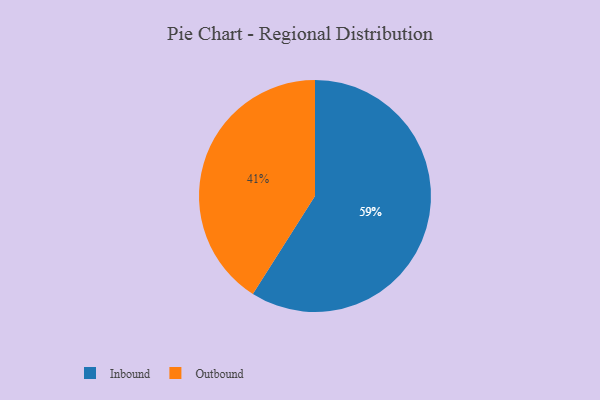
{"axis": {"x": "Category", "y": "Percentage"}, "legend": ["Inbound", "Outbound"], "data": [{"x": "Outbound", "y": 41, "type": "Outbound"}, {"x": "Inbound", "y": 59, "type": "Inbound"}]}